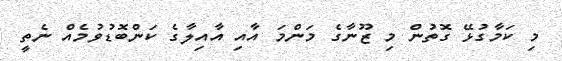
މި ކަމާގުޅޭ ގޮތުން މި ޒޫނާގެ މަންމަ އާއި އާއިލާގެ ކަންބޮޑުވުމެއް ނެތީ